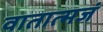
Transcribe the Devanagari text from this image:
वातात्मजं